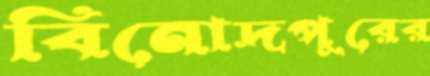
বিনোদপুরের